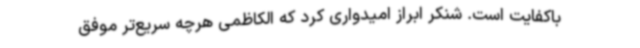
باکفایت است. شنکر ابراز امیدواری کرد که الکاظمی هرچه سریع‌تر موفق